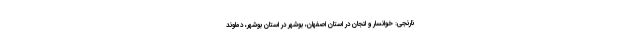
نارنجی: خوانسار و لنجان در استان اصفهان، بوشهر در استان بوشهر، دماوند